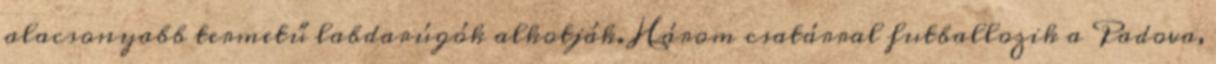
alacsonyabb termetű labdarúgók alkotják. Három csatárral futballozik a Padova,